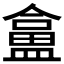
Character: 𥂜